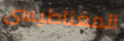
المغناطيسى